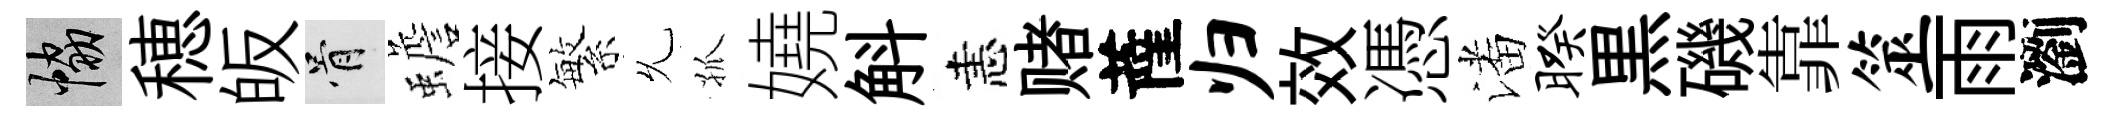
協穂皈骨蟾接繁𠃔孤嬈斛恚赌薩归效憑潘暌黒磯靠筮雨瀏